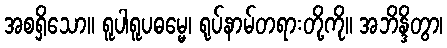
အစရှိသော။ ရူပါရူပဓမ္မေ၊ ရုပ်နာမ်တရားတို့ကို။ အဘိန္ဒိတွာ၊